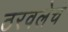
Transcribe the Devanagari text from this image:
ठरवलेच